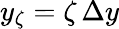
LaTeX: y_{\zeta}=\zeta\, \Delta y